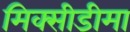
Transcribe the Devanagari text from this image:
मिक्सीडीमा